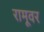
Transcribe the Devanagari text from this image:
रामूवर